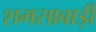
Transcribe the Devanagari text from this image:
शमसाबाड़ी